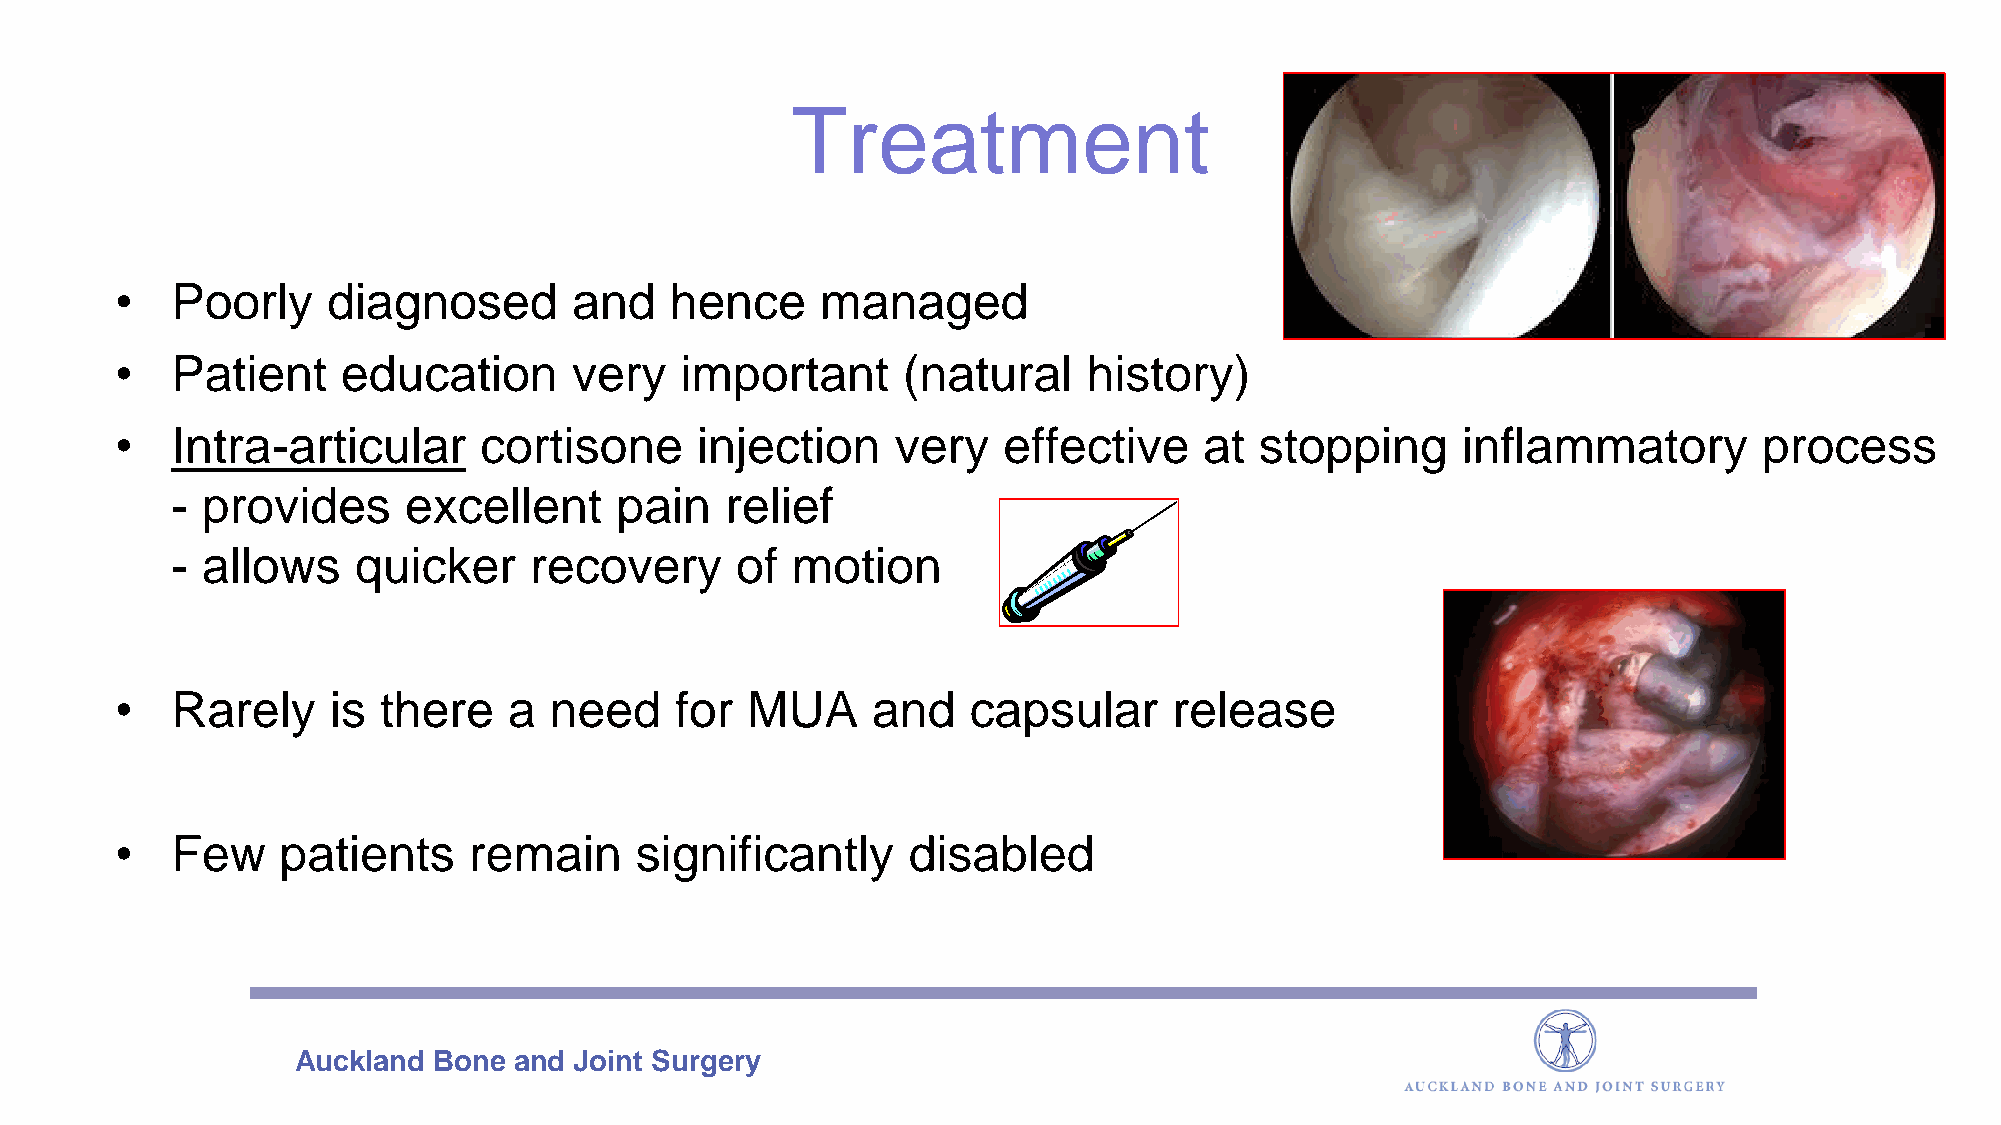
Treatment
 •  Poorly     diagnosed       and   hence     managed
 •  Patient     education      very   important      (natural    history)
 •  Intra-articular      cortisone     injection    very   effective     at stopping      inflammatory        process
 - provides      excellent     pain   relief
 - allows    quicker     recovery      of motion
 •  Rarely     is there    a need     for MUA      and   capsular      release
 •  Few    patients     remain     significantly     disabled
 Auckland  Bone and Joint Surgery